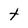
Character: t